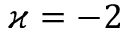
\varkappa = - 2